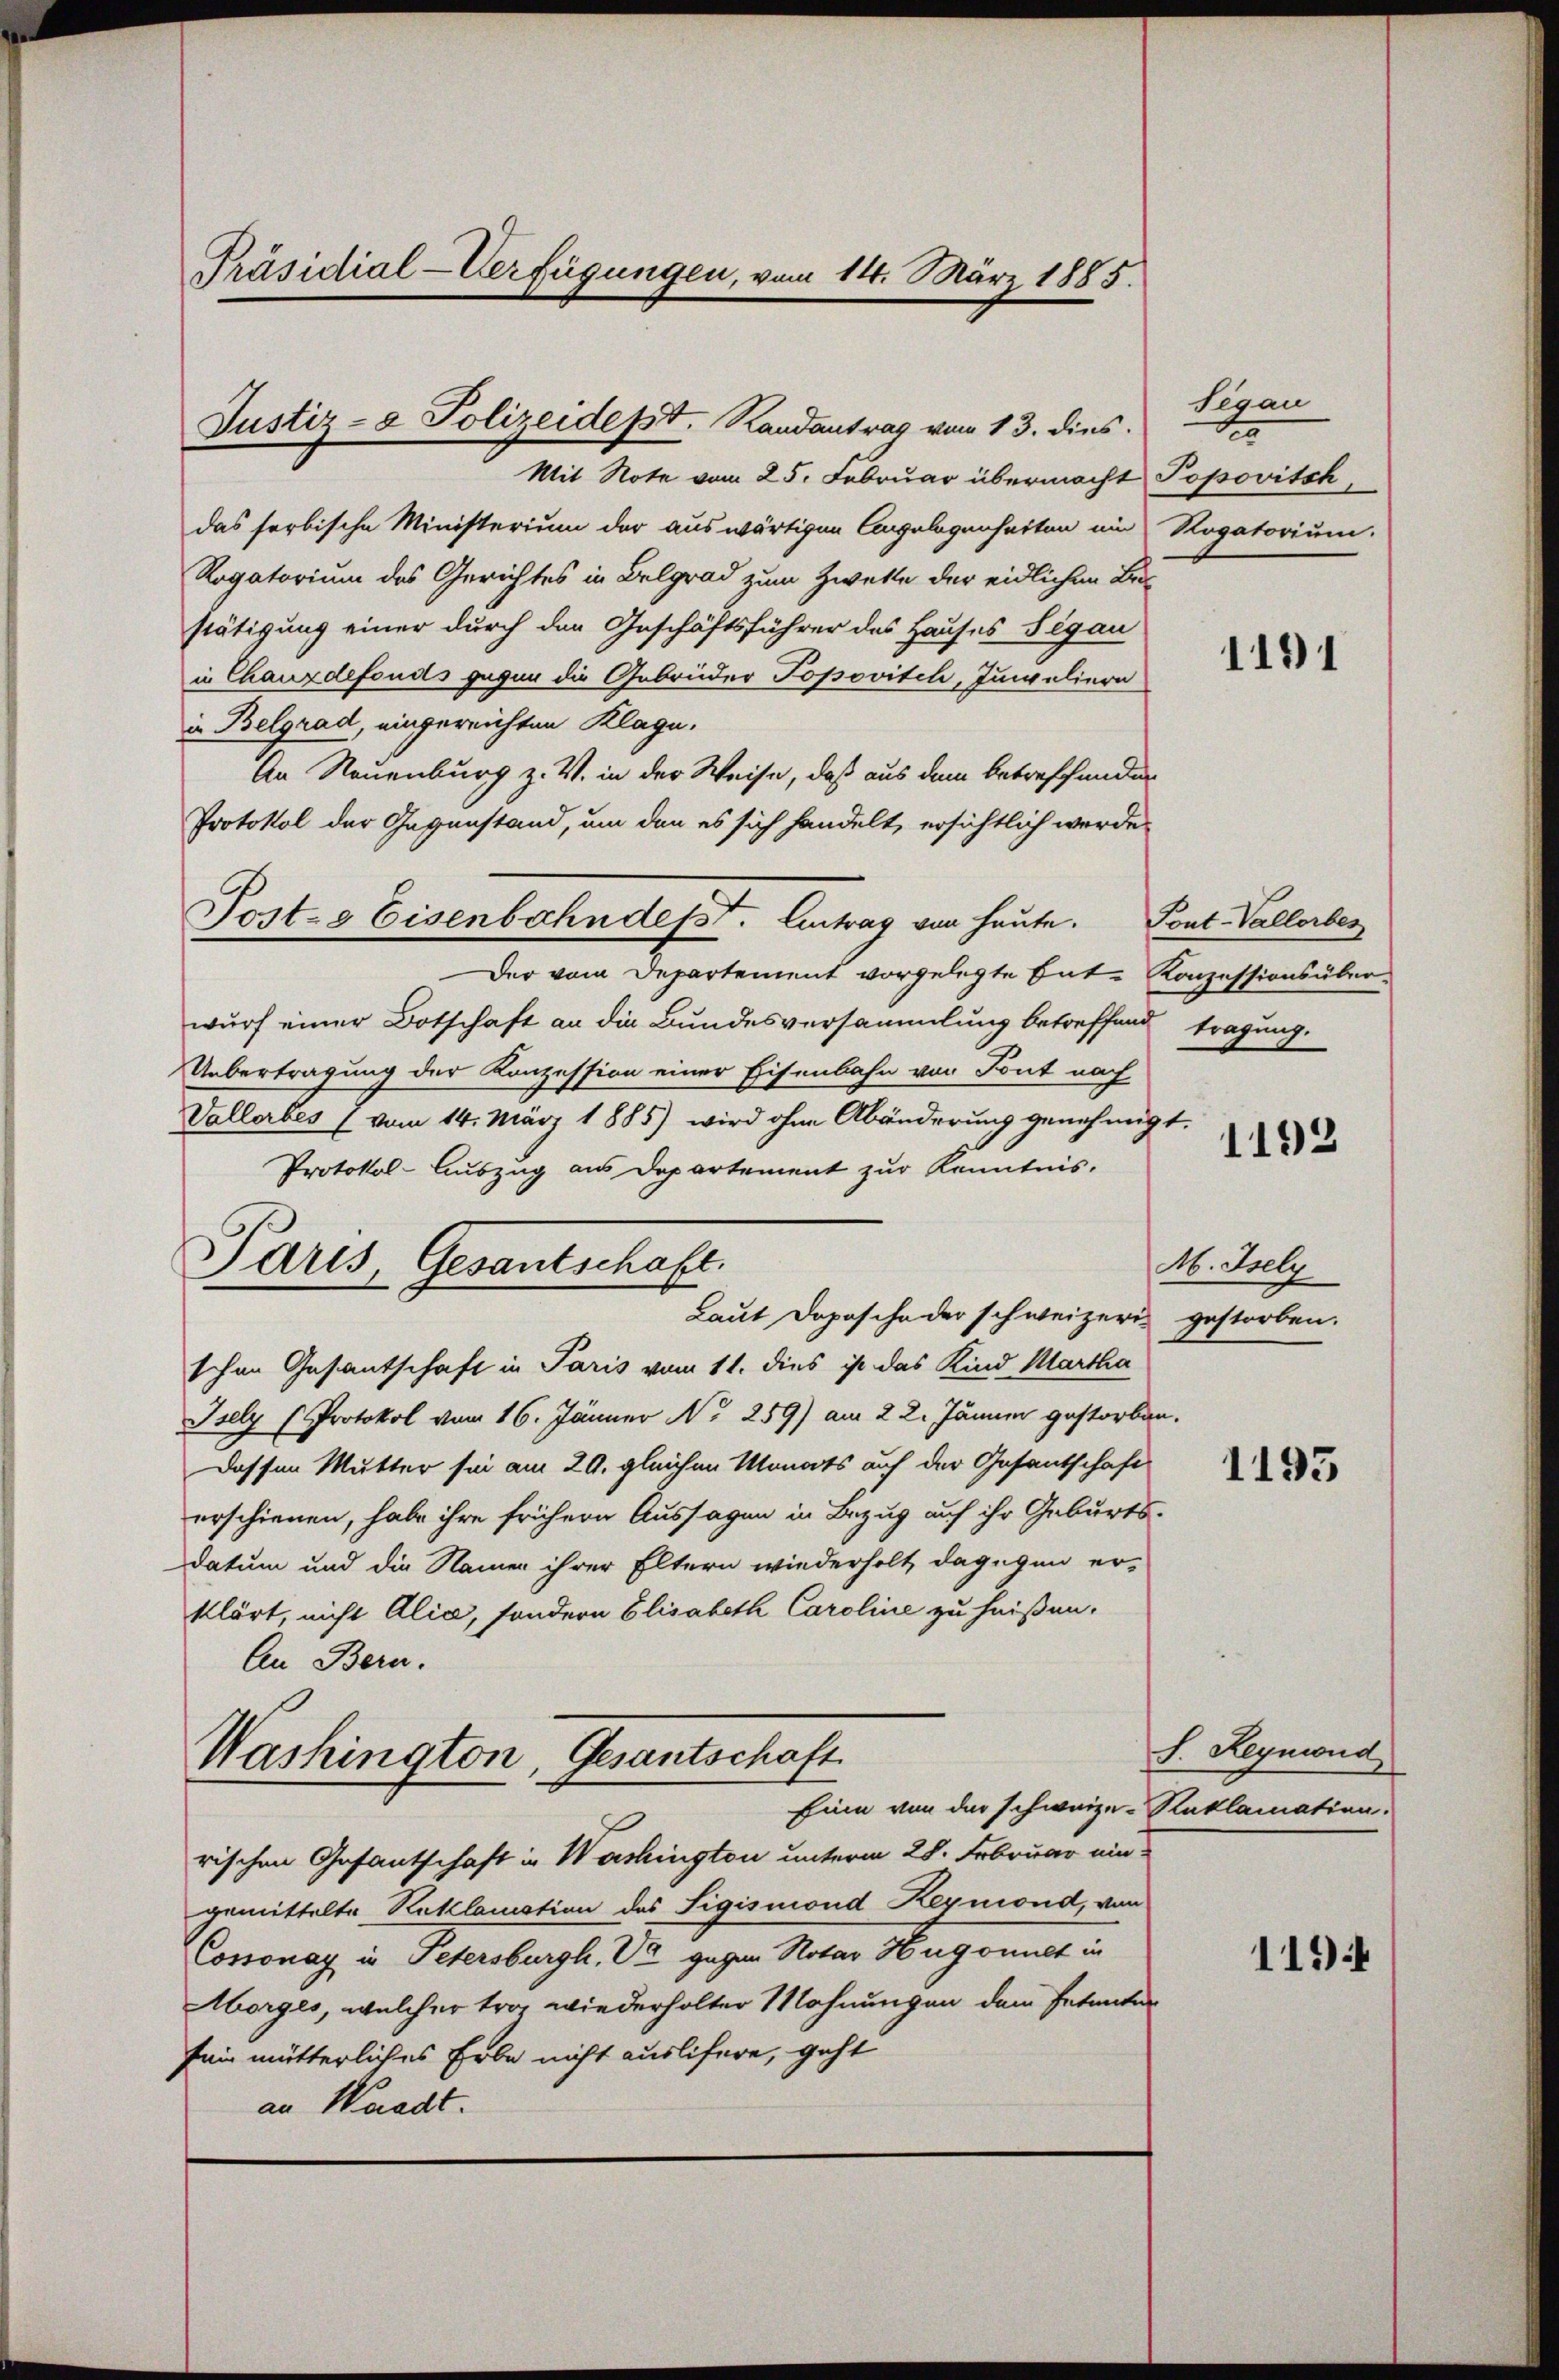
Präsidial-Verfügungen, vom 14. März 1885.

Justiz- & Polizeidesst. Randantrag vom 13. dies

Mit Note vom 25. Februar übermocht Popovitsh
das serbische Ministerium der auswärtigen Angelegenheiten ein
Rogatorium des Gerichtes in Belgrad zum Zwette der eidlichen Bestätigung einer durch den Geschäftsführer des Hauses Segau
in Chauxdefonds gegen die Gebrüder Popovich, Jungeliere
in Belgrad, eingereichten Klage,
An Neuenburg z. V. in der Weise, daß aus dem betreffenden
Protokol der Gegenstand, um den es sich handelt, ersichtlich werde,
Der vom Departement vorgelegte Gute Konzessions überwurf einer Botschaft an die Bundesversammlung betreffend tragung.
Uebertragung der Konzession einer Eisenbahn von Font nach
Vallerbes 7 vom 14. März 1885) wird ohne Abänderung genehmig-
Protokol-Auszug aus Departement zur Kenntnis.
Laut Depesche der schweizerischen Gesantschaft in Paris vom 11. dies ist das Kind Martha
Isely (Protokol vom 16. Jänner No 259) am 22. Jänner gestorben.
Dessen Mutter sei am 29. gleichen Monats auf der Gesantschaft
erschienen, habe ihre frühern Aussagen in Bezug auf ihr Geburts-
datum und die Namen ihrer Eltern wiederholt, dagegen er-
klärt, nicht Alice, sondern Elisabeth Caroline zu heißen.
An Bern.
Washington, Gesantschaft
Ein von der schweize-Kaklamation.
rischen Gefantschaft in Washington unterm 28. Februar ein
gemittelte Reklamation des Sigismond Reymond, von
Cossonay in Petersburgh, V. gegen Notar Hugonnet in
Morges, welcher trag wiederholter Mohnungen dem Petenter
fein mütterliches Erbe nicht auslifere, geht
an Waadt.

Post- & Eisenbahndept. Antrag von heute. Pont-Vallorbes

Paris, Gesantschaft.

Segau
t
Rogatorium.

1191

t

1192

M. Isely
gestorben.

1193

S. Reynwud

1194